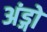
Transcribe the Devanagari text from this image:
अंड्गो